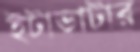
ইটাভাটার